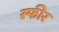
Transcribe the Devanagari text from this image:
स्फीर